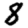
Digit: 8